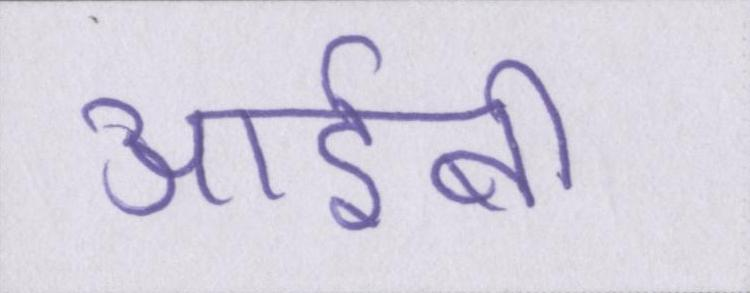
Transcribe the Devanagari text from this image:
आईबी